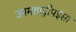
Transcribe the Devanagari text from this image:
उपमहाद्वीपईसा